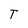
Character: T